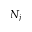
N _ { j }